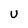
Character: U